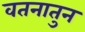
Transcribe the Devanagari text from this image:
वतनातुन